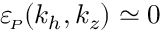
{ \varepsilon _ { \! \scriptscriptstyle P } } ( k _ { h } , k _ { z } ) \simeq 0